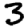
Digit: 3